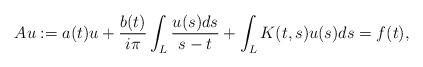
LaTeX: \begin{align*} Au := a(t)u +\frac{b(t)}{i\pi}\int_L\frac{u(s)ds}{s - t} + \int_L K(t,s)u(s)ds =f(t), \end{align*}